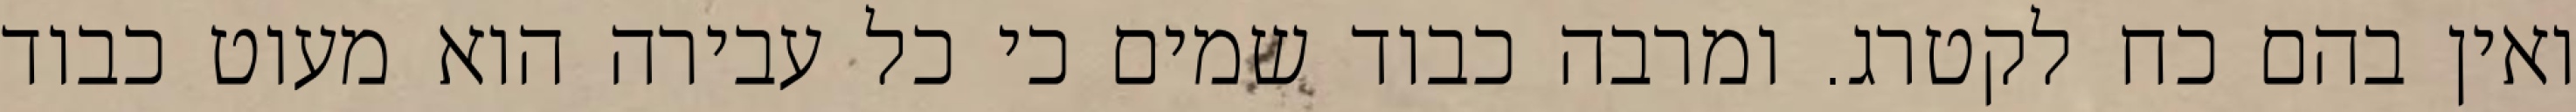
ואין בהם כח לקטרג. ומרבה כבוד שמים כי כל עבירה הוא מעוט כבוד